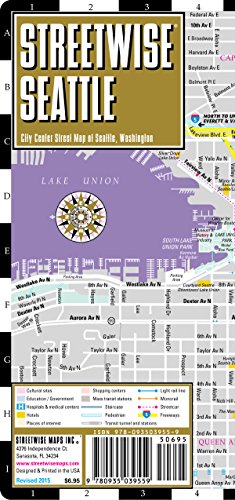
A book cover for Streetwise Seattle Map - Laminated City Center Street Map of Seattle, Washington - Folding pocket size travel map with monorail & streetcar lines; Streetwise Maps; Travel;